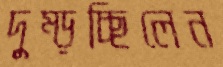
দুম্‌ড়চ্ছিলেন